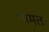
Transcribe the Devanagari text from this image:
गामत